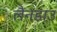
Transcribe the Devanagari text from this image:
लैनडाउ